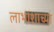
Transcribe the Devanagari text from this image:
लाभांशाच्या